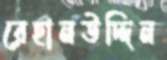
রেহানউদ্দিন